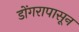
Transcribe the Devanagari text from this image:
डोंगरापासून